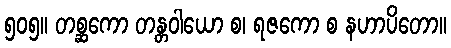
၅၀၅။ တစ္ဆကော တန္တဝါယော စ၊ ရဇကော စ နဟာပိတော။